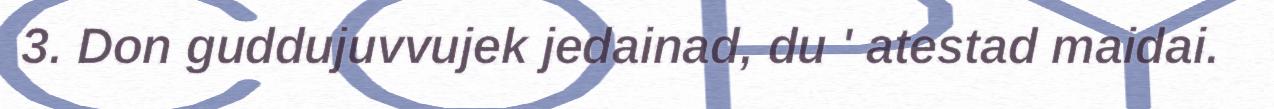
3. Don guddujuvvujek jedainad, du ' atestad maidai.